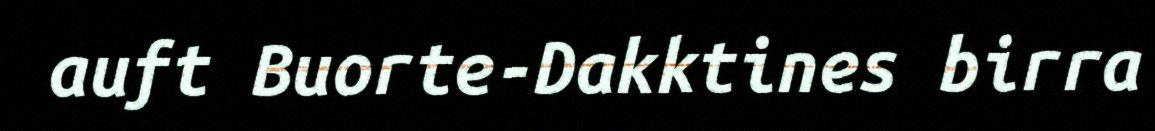
auft Buorte-Dakktines birra